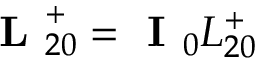
\textbf { L } _ { 2 0 } ^ { + } = \textbf { I } _ { 0 } L _ { 2 0 } ^ { + }